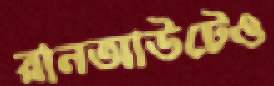
রানআউটেও